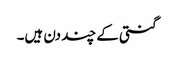
گنتی کے چند دن ہیں۔